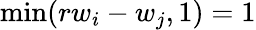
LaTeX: \operatorname*{min}(rw_{i}-w_{j},1)=1